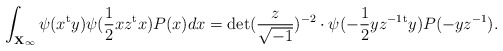
\begin{align*} \int_{{\mathbf X}_\infty} \psi(x{}^{\rm t}y)\psi(\frac{1}{2}xz{}^{\rm t}x) P(x) dx = {\rm det} (\frac{z}{\sqrt{-1}})^{-2} \cdot \psi(-\frac{1}{2}yz^{-1}{}^{\rm t}y) P(-yz^{-1}). \end{align*}